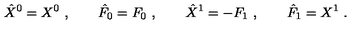
\hat { X } ^ { 0 } = X ^ { 0 } \ , \qquad \hat { F } _ { 0 } = F _ { 0 } \ , \qquad \hat { X } ^ { 1 } = - F _ { 1 } \ , \qquad \hat { F } _ { 1 } = X ^ { 1 } \ .